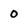
Character: 0